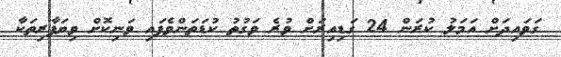
ގަވައިދަށް އަމަލު ކުރަން 24 ގަޑިއިރަށް ވުރެ ވަގުތު ކުޑަތަންވެފައި ވަނިކޮށް ވިޔަފާރިތަކާ